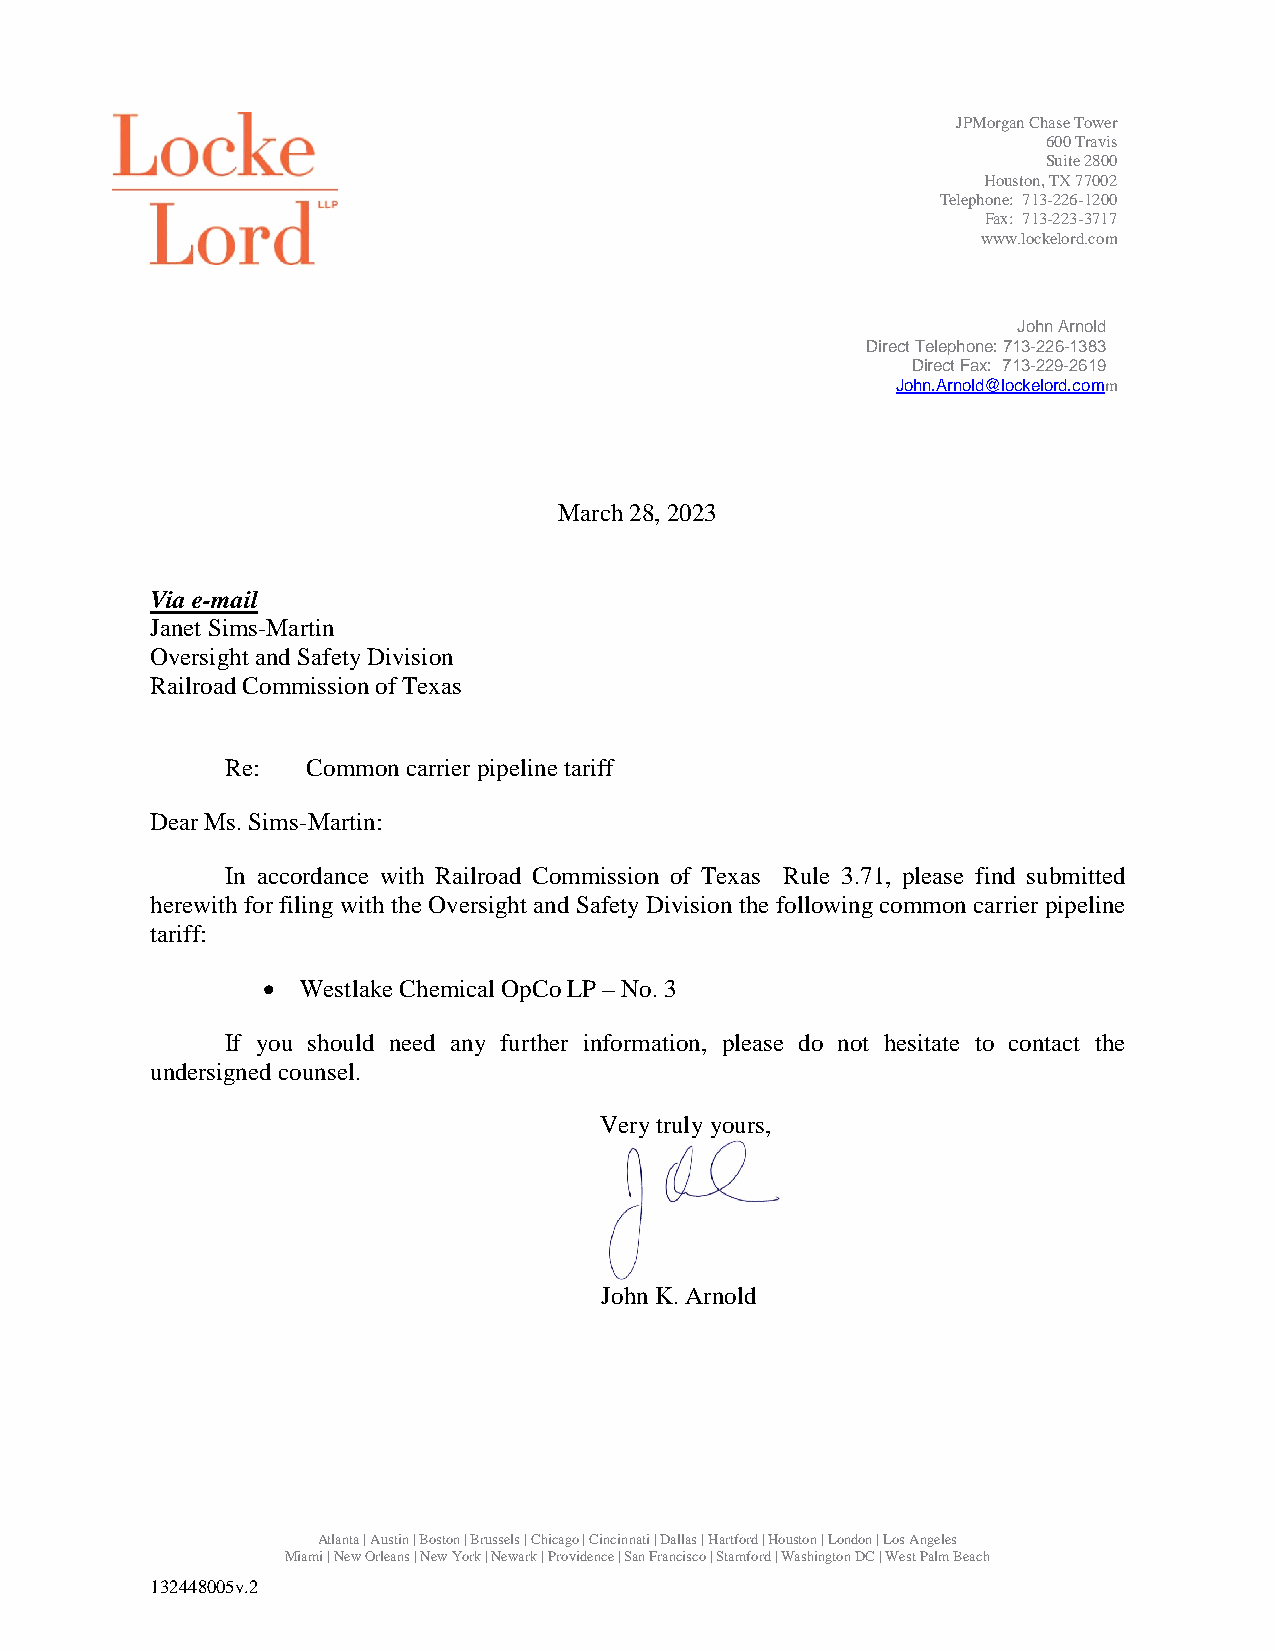
JPMorgan Chase Tower
 600 Travis
 Suite 2800
 Houston, TX 77002
 Telephone: 713-226-1200
 Fax: 713-223-3717
 www.lockelord.com
 John Arnold
 Direct Telephone: 713-226-1383
 Direct Fax: 713-229-2619
 John.Arnold@lockelord.comm
 March 28, 2023
 Via e-mail
 Janet Sims-Martin
 Oversight and Safety Division
 Railroad Commission of Texas
 Re:  Common carrier pipeline tariff
 Dear Ms. Sims-Martin:
 In accordance with Railroad Commission of Texas Rule 3.71, please find submitted
 herewith for filing with the Oversight and Safety Division the following common carrier pipeline
 tariff:
   Westlake Chemical OpCo LP – No. 3
 If you should need any further information, please do not hesitate to contact the
 undersigned counsel.
 Very truly yours,
 John K. Arnold
 Atlanta | Austin | Boston | Brussels | Chicago | Cincinnati | Dallas | Hartford | Houston | London | Los Angeles
 Miami | New Orleans | New York | Newark | Providence | San Francisco | Stamford | Washington DC | West Palm Beach
 132448005v.2